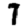
Digit: 7